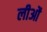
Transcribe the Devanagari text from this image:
लीओं